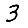
Digit: 3